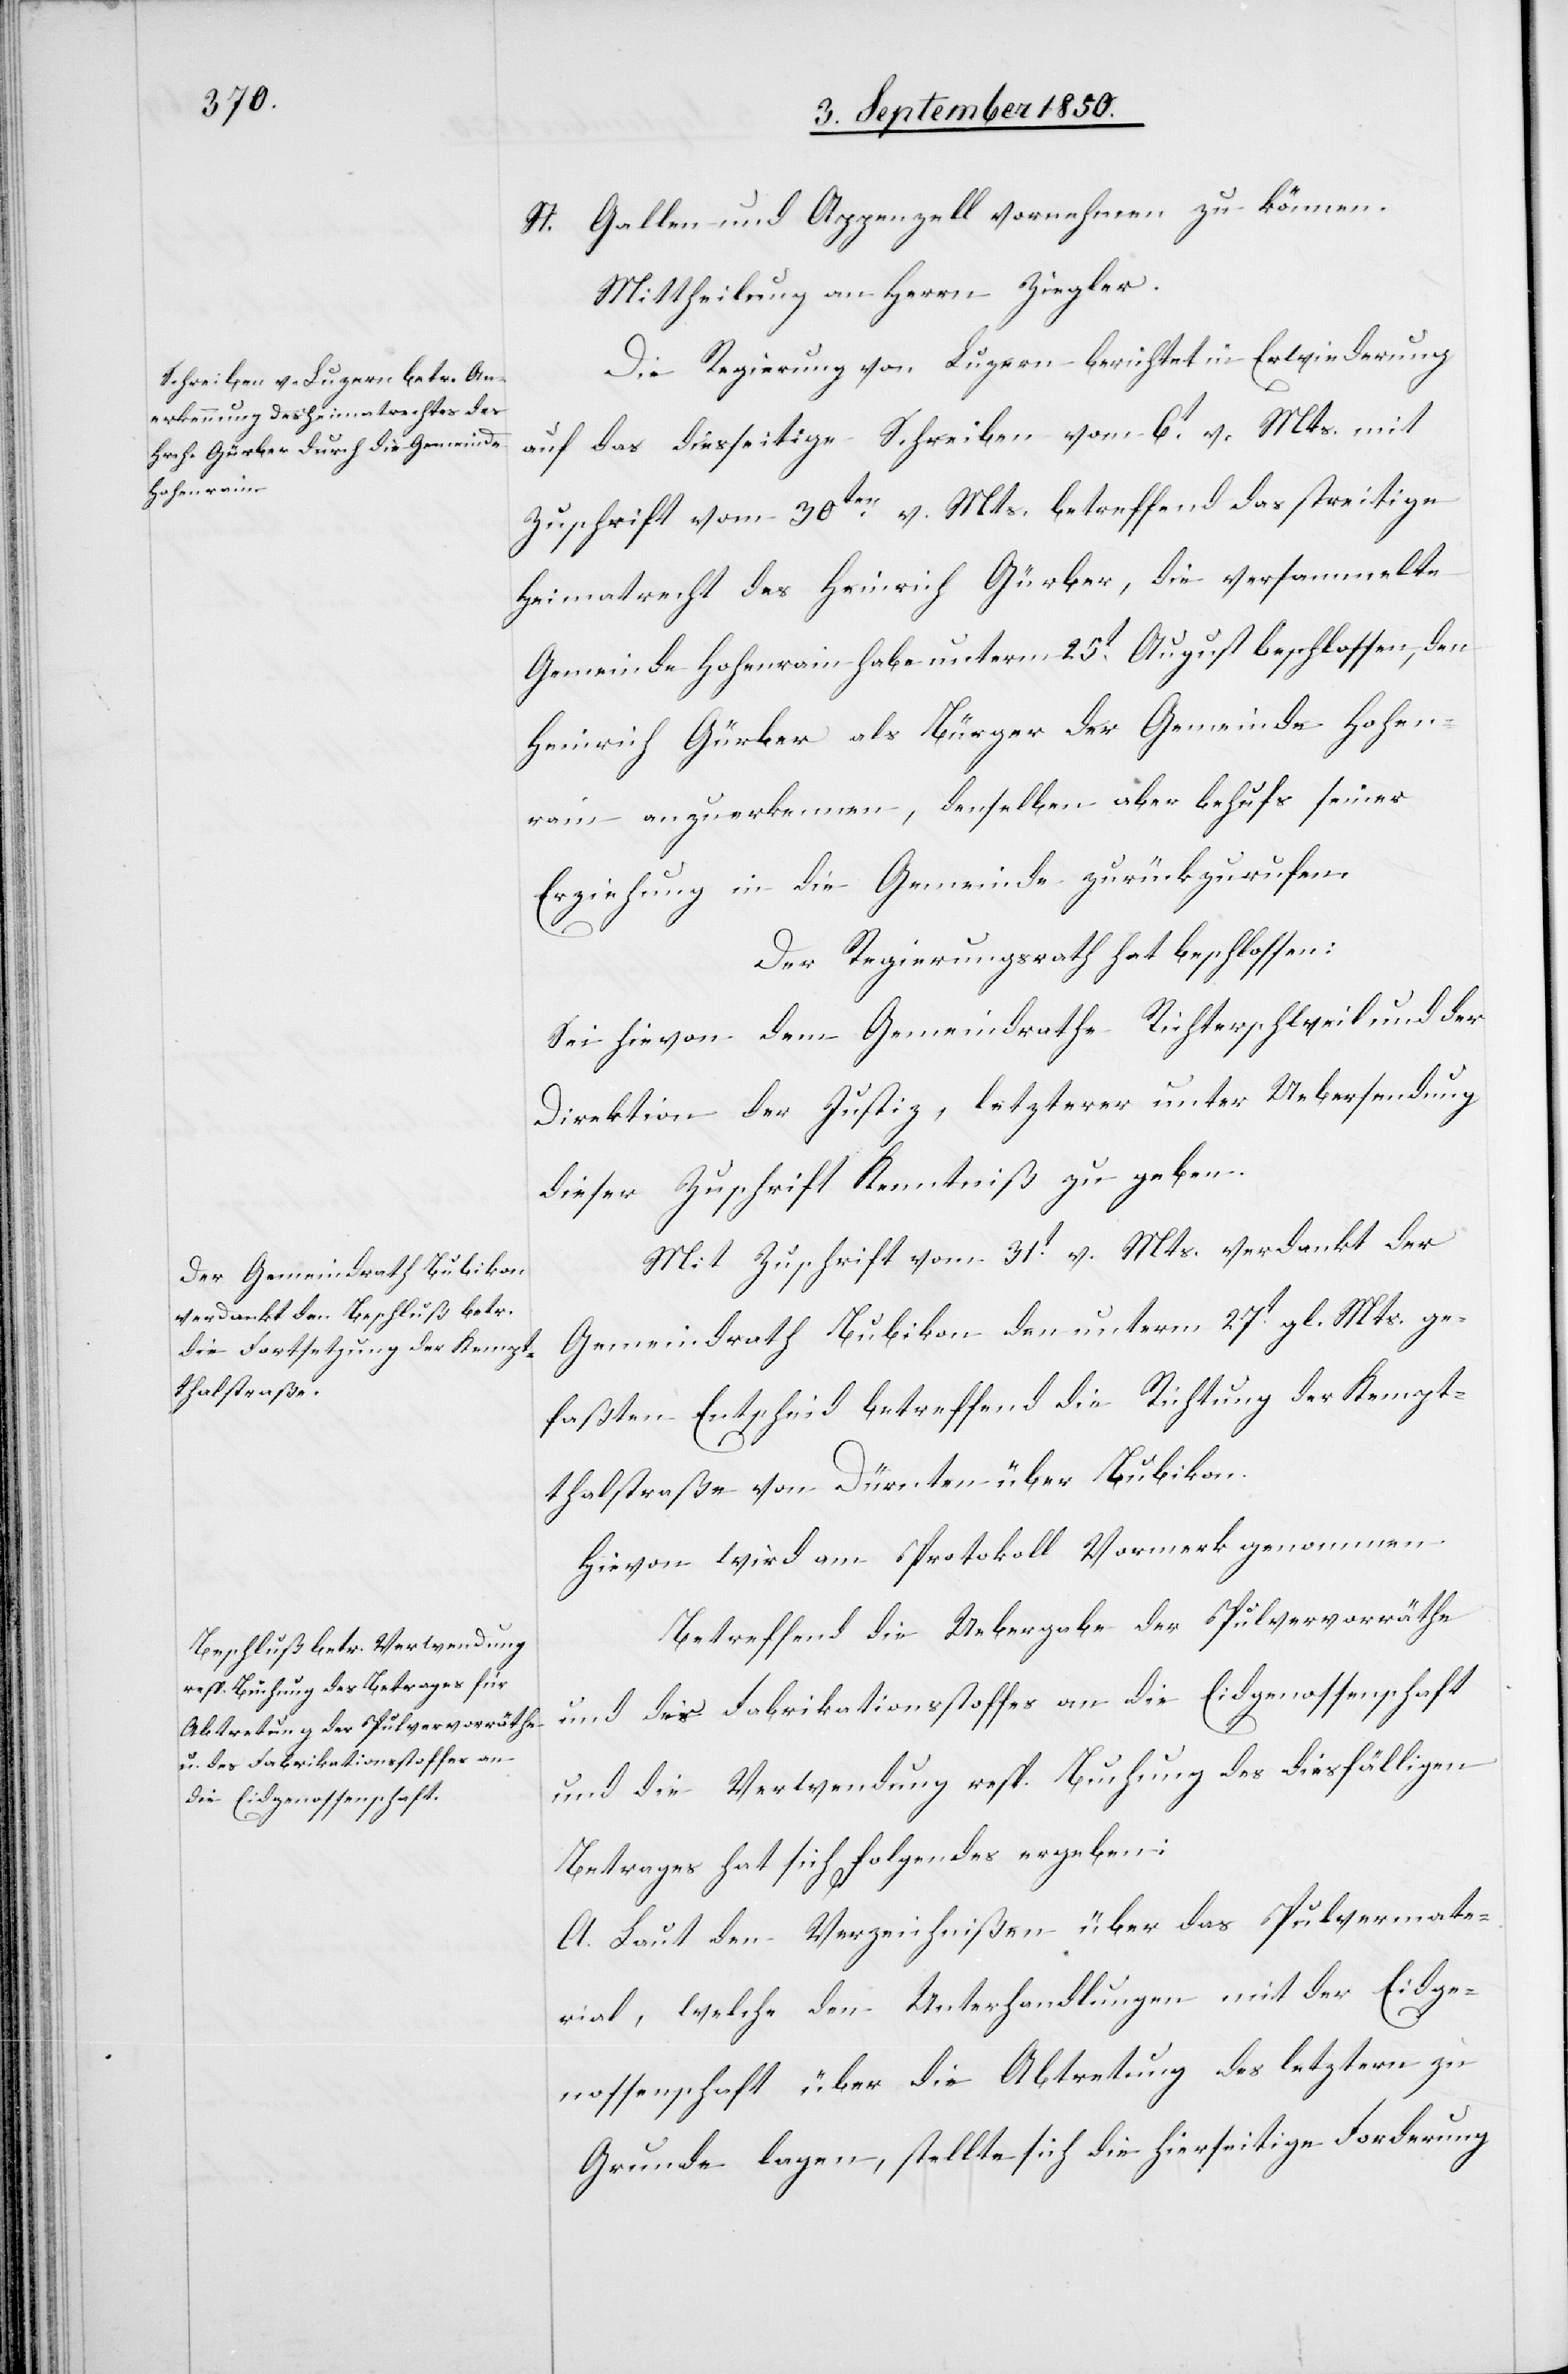
St. Gallen und Appenzell vornehmen zu können.
Mittheilung an Herrn Ziegler.
Die Regierung von Luzern berichtet in Erwiederung
auf das diesseitige Schreiben vom 6t v. Mts. mit
Zuschrift vom 30ten v. Mts. betreffend das streitige
Heimatrecht des Heinrich Gürber, die versammelte
Gemeinde Hohenrain habe unterm 25t August beschlossen, den
Heinrich Gürber als Bürger der Gemeinde Hohen¬
rain anzuerkennen, denselben aber behufs seiner
Erziehung in die Gemeinde zurückzurufen.
Der Regierungsrath hat beschlossen:
Sei hievon dem Gemeindrathe Richterschweil und der
Direktion der Justiz, letzterer unter Uebersendung
dieser Zuschrift Kenntniß zu geben.
Mit Zuschrift vom 31t v. Mts. verdankt der
Gemeindrath Bubikon den unterm 27t gl. Mts. ge¬
faßten Entscheid betreffend die Richtung der Kempt¬
thalstraße von Dürnten über Bubikon.
Hievon wird am Protokoll Vormerk genommen.
Betreffend die Uebergabe der Pulvervorräthe
und des Fabrikationsstoffes an die Eidgenossenschaft
und die Verwendung resp. Buchung des diesfälligen
Betrages hat sich Folgendes ergeben:
A. Laut den Verzeichnißen über das Pulvermate¬
rial, welche den Unterhandlungen mit der Eidge¬
nossenschaft über die Abtretung des letztern zu
Grunde lagen, stellte sich die hierseitige Forderung